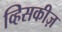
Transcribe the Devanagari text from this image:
व्हिसकीज़